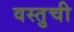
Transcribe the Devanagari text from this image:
वस्तुची